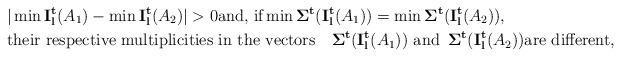
LaTeX: \begin{align*}&\vert \min {\bf I_l^t}(A_1)-\min {\bf I_l^t}(A_2)\vert>0 \hbox{and, if} \min {\bf \Sigma^t}({\bf I_l^t}(A_1))=\min {\bf \Sigma^t}({\bf I_l^t}(A_2)),\\ &\hbox{their respective multiplicities in the vectors}\quad{\bf \Sigma^t}({\bf I_l^t}(A_1))\,\,\hbox{and}\,\,\, {\bf \Sigma^t}({\bf I_l^t}(A_2)) \hbox{are different,}\end{align*}